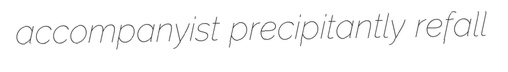
accompanyist precipitantly refall